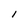
Character: l